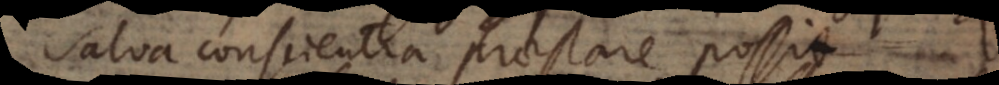
salva conscientia praestare possit.